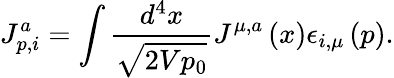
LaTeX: J_{p,i}^{a}=\int\frac{d^{4}x}{\sqrt{2Vp_{0}}}J^{\mu,a}\left(x\right)\epsilon_{i,\mu}\left(p\right).